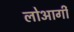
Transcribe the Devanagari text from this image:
लोआर्गी